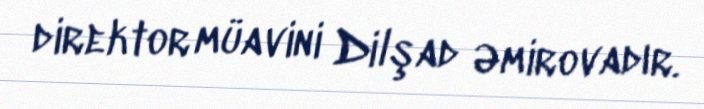
direktor müavini Dilşad Əmirovadır.